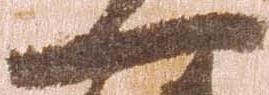
一